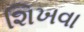
શિખવા